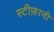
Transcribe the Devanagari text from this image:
स्टीफ़ानी